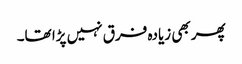
پھر بھی زیادہ فرق نہیں پڑا تھا۔